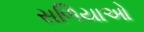
સળિયાઓ